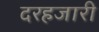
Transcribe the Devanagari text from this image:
दरहजारी